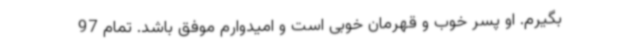
بگیرم. او پسر خوب و قهرمان خوبی است و امیدوارم موفق باشد. تمام 97